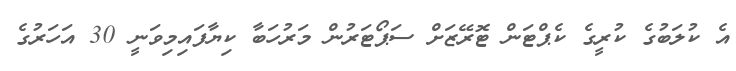
އެ ކުލަބުގެ ކުރީގެ ކެޕްޓަން ޓޮރޭޒަށް ސަޕޯޓަރުން މަރުހަބާ ކިޔާފައިމިވަނީ 30 އަހަރުގެ